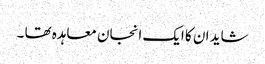
شاید ان کا ایک انجان معاہدہ تھا ۔